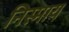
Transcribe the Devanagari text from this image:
निस्माय